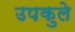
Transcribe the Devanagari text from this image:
उपकुले